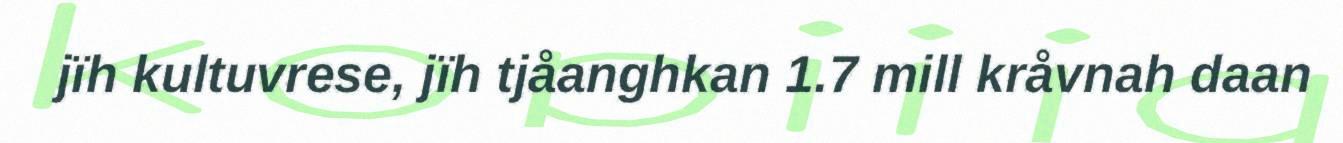
jïh kultuvrese, jïh tjåanghkan 1.7 mill kråvnah daan